Indian Civil Veterinary Department memoirs
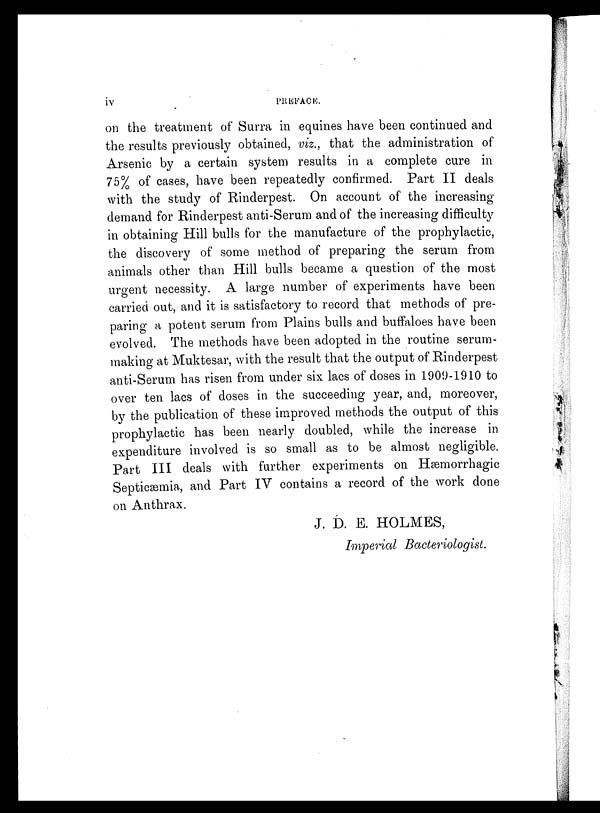
iv
PREFACE.
on the treatment of Surra in equines have been continued and
the results previously obtained, viz., that the administration of
Arsenic by a certain system results in a complete cure in
75% of cases, have been repeatedly confirmed. Part II deals
with the study of Rinderpest. On account of the increasing
demand for Rinderpest anti-Serum and of the increasing difficulty
in obtaining Hill bulls for the manufacture of the prophylactic,
the discovery of some method of preparing the serum from
animals other than Hill bulls became a question of the most
urgent necessity. A large number of experiments have been
carried out, and it is satisfactory to record that methods of pre-
paring a potent serum from Plains bulls and buffaloes have been
evolved. The methods have been adopted in the routine serum-
making at Muktesar, with the result that the output of Rinderpest
anti-Serum has risen from under six lacs of doses in 1909-1910 to
over ten lacs of doses in the succeeding year, and, moreover,
by the publication of these improved methods the output of this
prophylactic has been nearly doubled, while the increase in
expenditure involved is so small as to be almost negligible.
Part III deals with further experiments on Hæmorrhagic
Septicæmia, and Part IV contains a record of the work done
on Anthrax.
J. D. E. HOLMES,
Imperial Bacteriologist.